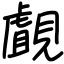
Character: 覰